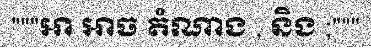
"""អា អាច តំណាង , និង ;"""